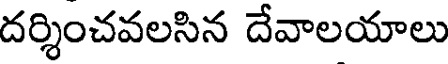
దర్శించవలసిన దేవాలయాలు